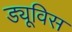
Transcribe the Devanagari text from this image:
ड्यूविस